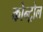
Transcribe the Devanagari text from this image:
कोन्ट्रोल